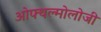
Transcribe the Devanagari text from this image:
ओफ्थल्मोलोजी